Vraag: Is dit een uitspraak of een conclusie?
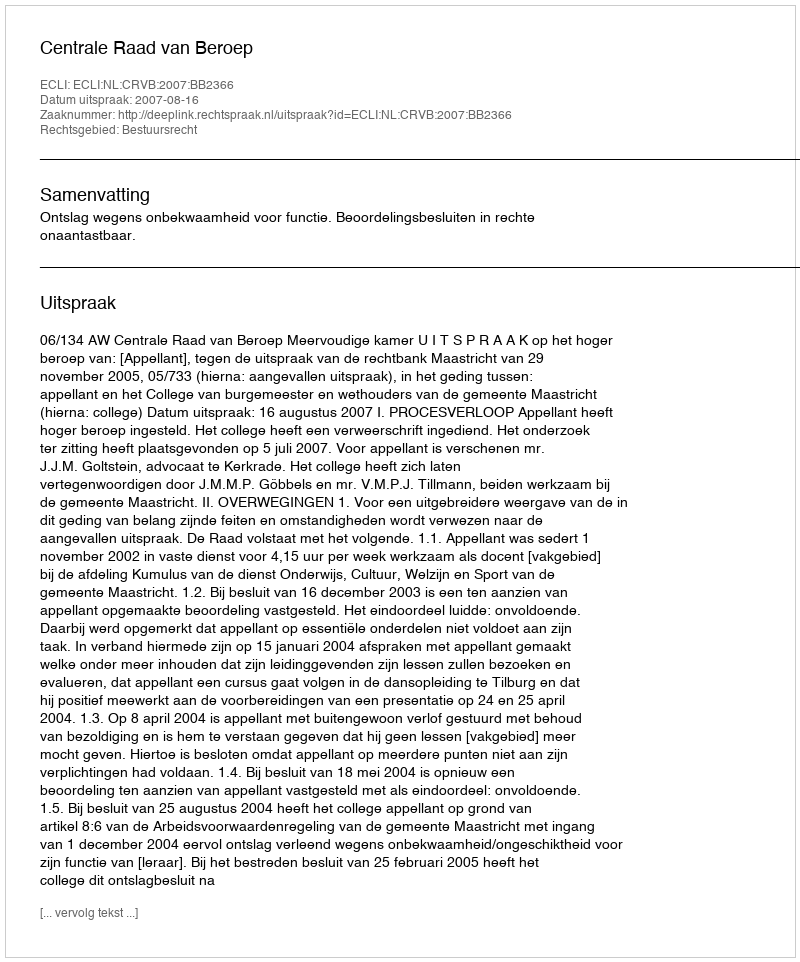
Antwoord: Uitspraak